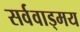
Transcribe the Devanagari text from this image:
सर्ववाड्मय